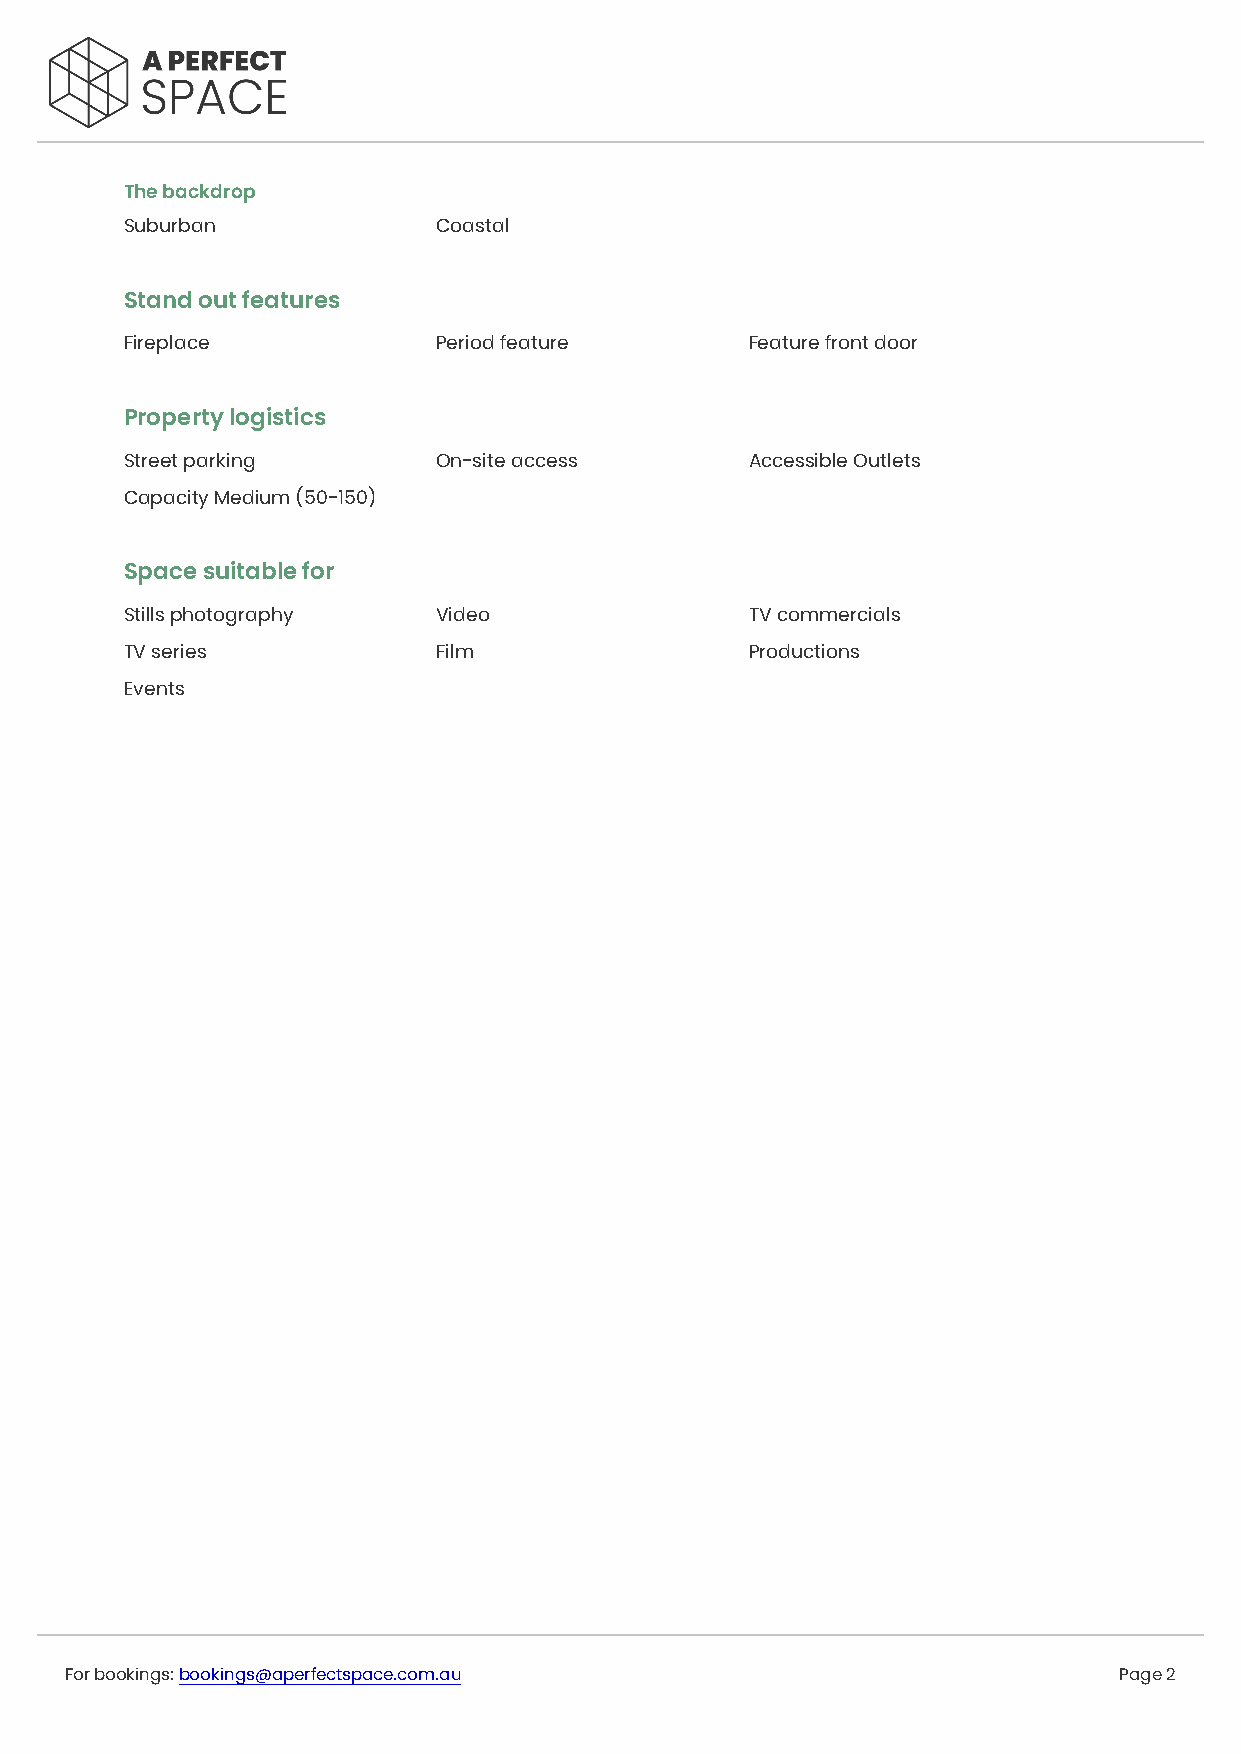
The backdrop
 Suburban             Coastal
 Stand out features
 Fireplace            Period feature       Feature front door
 Property logistics
 Street parking       On-site access       Accessible Outlets
 Capacity Medium (50-150)
 Space suitable for
 Stills photography   Video                TV commercials
 TV series            Film                 Productions
 Events
 For bookings: bookings@aperfectspace.com.au                           Page 2